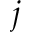
j